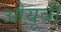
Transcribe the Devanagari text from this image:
ओयूबी